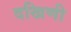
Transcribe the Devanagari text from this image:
दखिणी